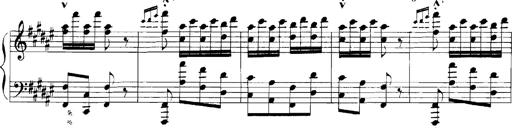
Title: Rhapsodies hongroises
Composer: Franz Liszt